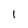
Character: 1